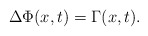
\begin{align*} \Delta \Phi(x,t)= \Gamma(x,t).\end{align*}